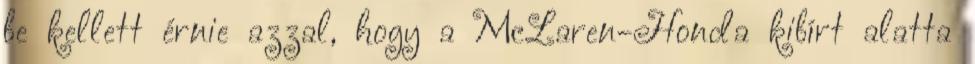
be kellett érnie azzal, hogy a McLaren-Honda kibírt alatta